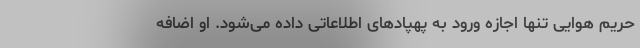
حریم هوایی تنها اجازه ورود به پهپادهای اطلاعاتی داده می‌شود. او اضافه